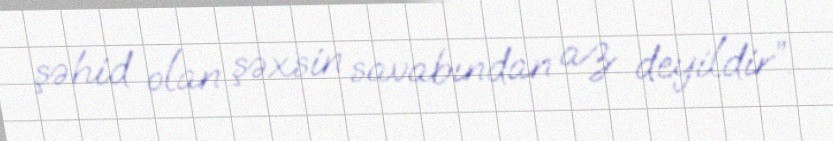
şəhid olan şəxsin savabından az deyildir”.